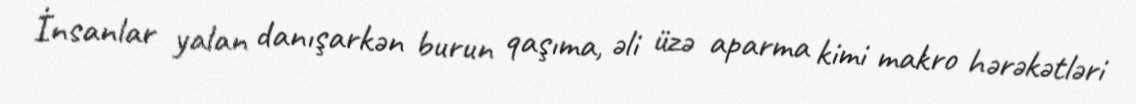
İnsanlar yalan danışarkən burun qaşıma, əli üzə aparma kimi makro hərəkətləri